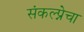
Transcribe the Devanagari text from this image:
संकल्प्नेचा